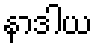
နာဒါယ